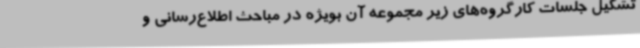
تشکیل جلسات کارگروه‌های زیر مجموعه آن بویژه در مباحث اطلاع‌رسانی و